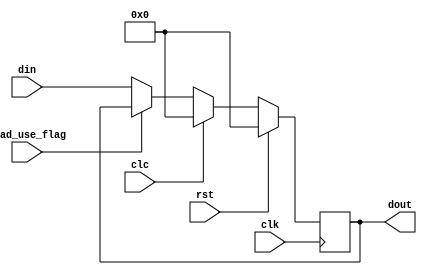
`timescale 1ns / 1ps
//////////////////////////////////////////////////////////////////////////////////
// Company: 
// Engineer: 
// 
// Design Name: 
// Module Name: floprc
// Project Name: 
// Target Devices: 
// Tool Versions: 
// Description: 
// 
// Dependencies: 
// 
// Revision:
// Revision 0.01 - File Created
// Additional Comments:
// 
//////////////////////////////////////////////////////////////////////////////////


module floprc # (parameter DATA_WIDTH = 32) (
    input clk, rst, clc, load_use_flag,
    input [DATA_WIDTH-1:0] din,
    output reg [DATA_WIDTH-1:0] dout
);
    always @ (posedge clk) begin
        if (rst) begin
            dout <= 0;
        end else if (clc) begin
            dout <= 0;
        end else if (load_use_flag == 1) begin
            dout <= dout;
        end else begin
            dout <= din;
        end
    end  
endmodule